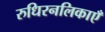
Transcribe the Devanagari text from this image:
रुधिरनलिकाएँ